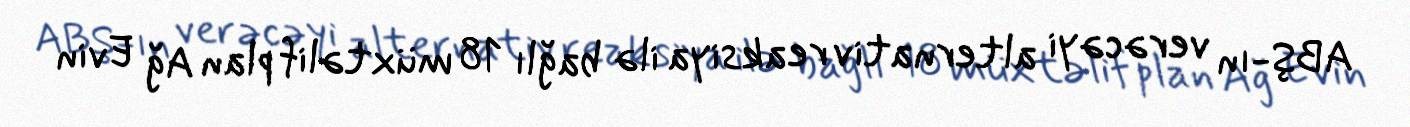
ABŞ-ın verəcəyi alternativ reaksiya ilə bağlı 18 müxtəlif plan Ağ Evin